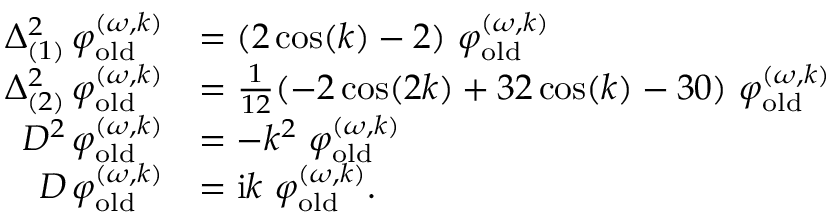
\begin{array} { r l } { \Delta _ { ( 1 ) } ^ { 2 } \, \varphi _ { \mathrm { o l d } } ^ { ( \omega , k ) } } & { = ( 2 \cos ( k ) - 2 ) \ \varphi _ { \mathrm { o l d } } ^ { ( \omega , k ) } } \\ { \Delta _ { ( 2 ) } ^ { 2 } \, \varphi _ { \mathrm { o l d } } ^ { ( \omega , k ) } } & { = \frac { 1 } { 1 2 } ( - 2 \cos ( 2 k ) + 3 2 \cos ( k ) - 3 0 ) \ \varphi _ { \mathrm { o l d } } ^ { ( \omega , k ) } } \\ { D ^ { 2 } \, \varphi _ { \mathrm { o l d } } ^ { ( \omega , k ) } } & { = - k ^ { 2 } \ \varphi _ { \mathrm { o l d } } ^ { ( \omega , k ) } } \\ { D \, \varphi _ { \mathrm { o l d } } ^ { ( \omega , k ) } } & { = \mathrm { i } k \ \varphi _ { \mathrm { o l d } } ^ { ( \omega , k ) } . } \end{array}